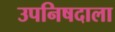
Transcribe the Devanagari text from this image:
उपनिषदाला